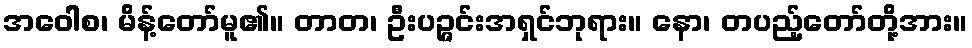
အဝေါစ၊ မိန့်တော်မူ၏။ တာတ၊ ဦးပဉ္ဇင်းအရှင်ဘုရား။ နော၊ တပည့်တော်တို့အား။